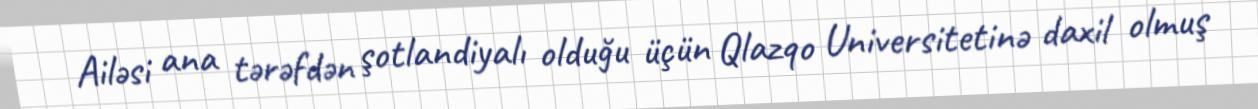
Ailəsi ana tərəfdən şotlandiyalı olduğu üçün Qlazqo Universitetinə daxil olmuş